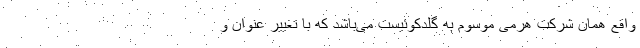
واقع همان شرکت هرمی موسوم به گلدکوئیست می‌باشد که با تغییر عنوان و